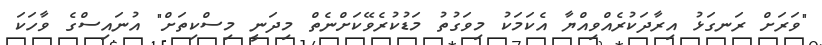
"ވަރަށް ރަނގަޅު އިރާދަކުރެއްވިއްޔާ އެކަމަކު މިވަގުތު މަޑުކުރެވޭކަށްނެތް މިދަނީ މިސްކިތަށް" އުނައިސްގެ ވާހަކަ